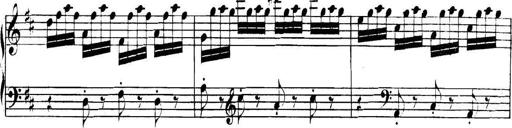
Title: Collected Piano Sonatas
Composer: Muzio Clementi